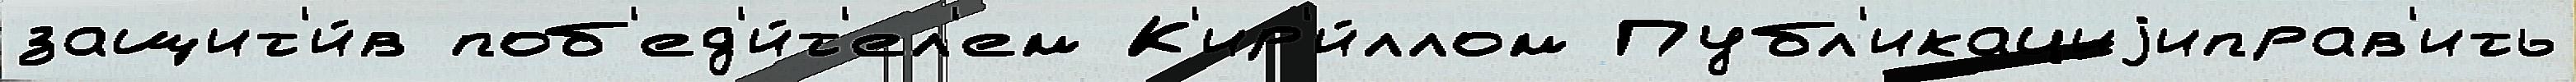
защит'и́в поб'ед'и́т'ел'ем К'ир'и́ллом Публ'икациjиправ'ить